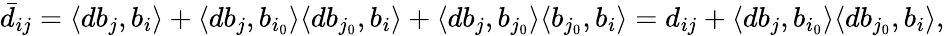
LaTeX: \bar{d}_{ij}=\langle db_{j},b_{i}\rangle+\langle db_{j},b_{i_{0}}\rangle\langle db_{j_{0}},b_{i}\rangle+\langle db_{j},b_{j_{0}}\rangle\langle b_{j_{0}},b_{i}\rangle=d_{ij}+\langle db_{j},b_{i_{0}}\rangle\langle db_{j_{0}},b_{i}\rangle,